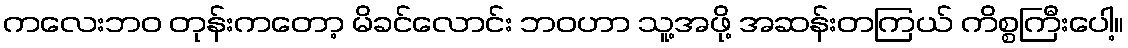
ကလေးဘဝ တုန်းကတော့ မိခင်လောင်း ဘဝဟာ သူ့အဖို့ အဆန်းတကြယ် ကိစ္စကြီးပေါ့။